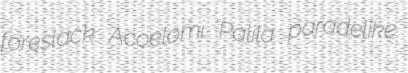
foreslack Acoelomi Palila paradelike